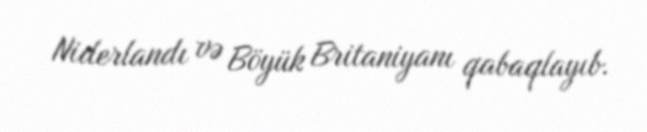
Niderlandı və Böyük Britaniyanı qabaqlayıb.